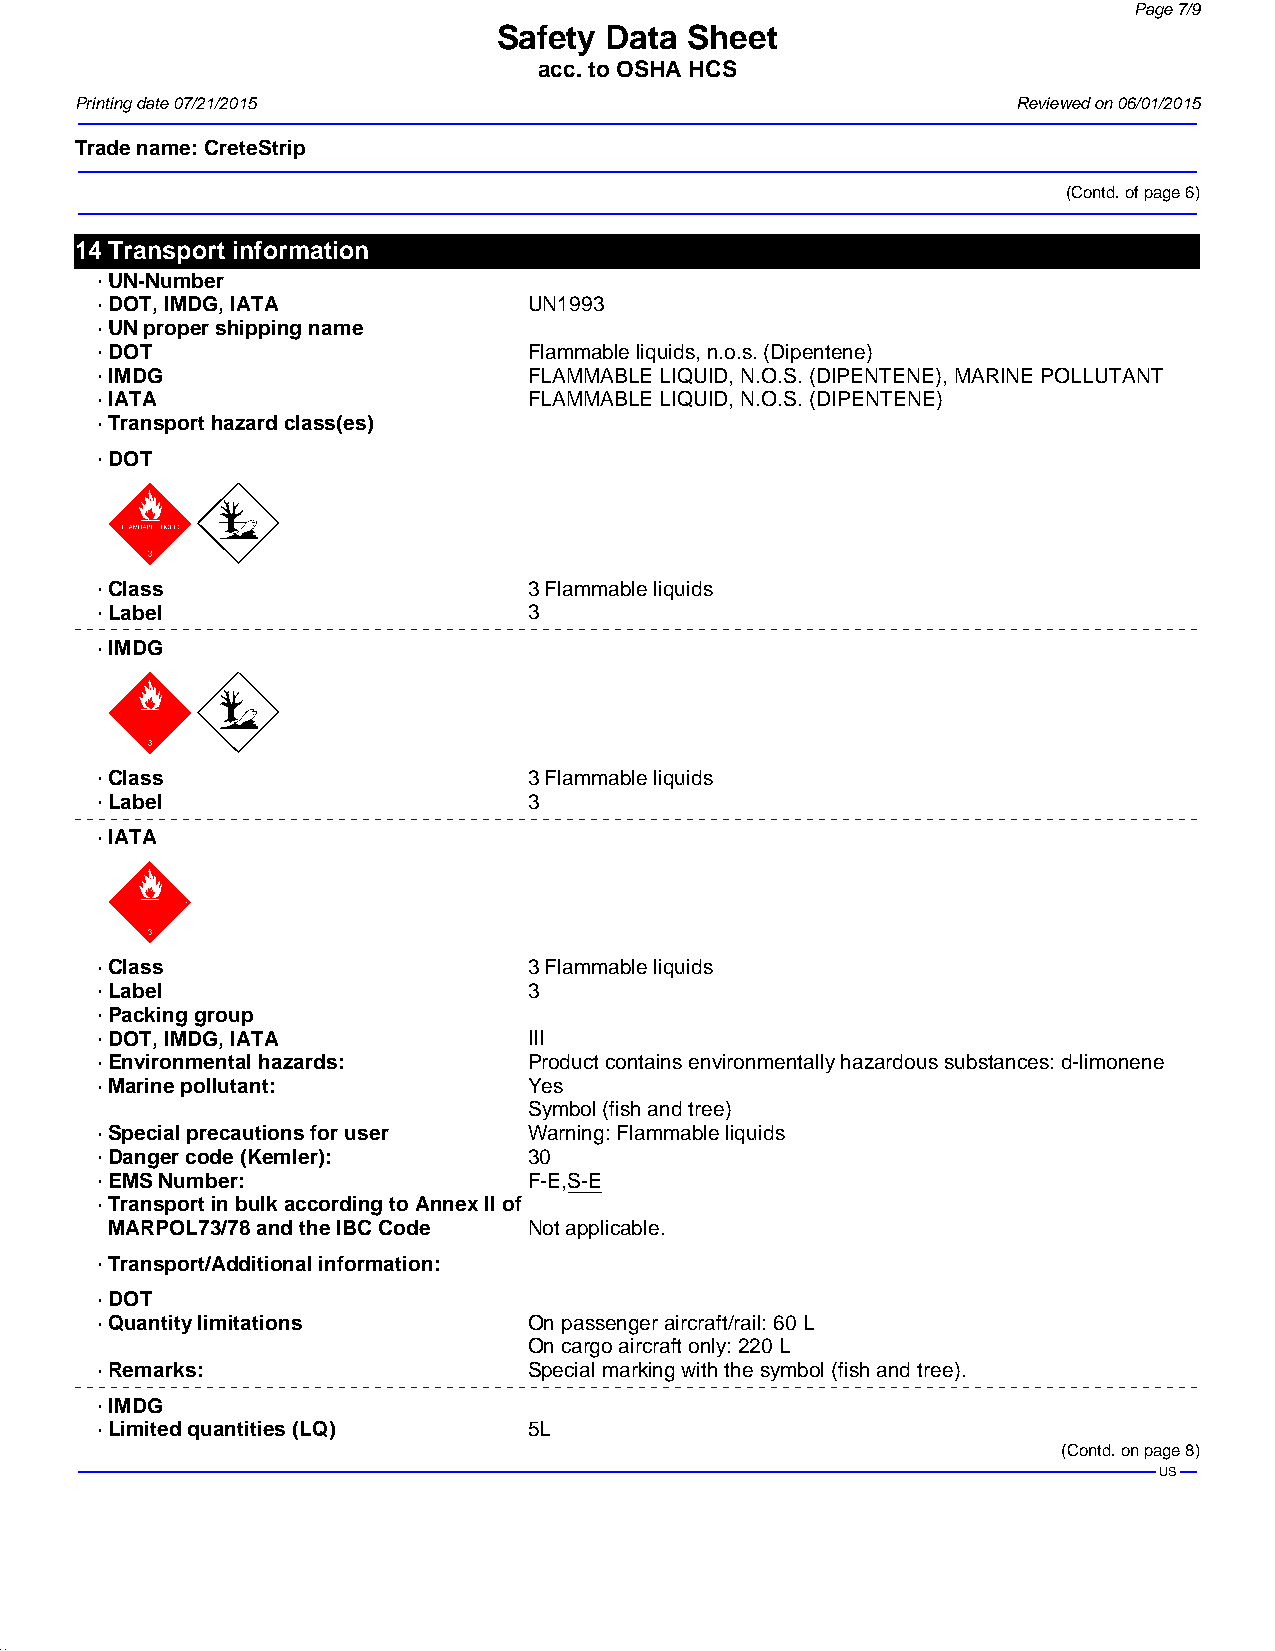
Page 7/9
 Safety Data  Sheet
 acc. to OSHA HCS
 Printing date 07/21/2015                                      Reviewed on 06/01/2015
 Trade name:CreteStrip
 (Contd. of page 6)
 14Transport information
 · UN-Number
 · DOT, IMDG, IATA            UN1993
 · UN proper shipping name
 · DOT                        Flammable liquids, n.o.s. (Dipentene)
 · IMDG                       FLAMMABLE LIQUID, N.O.S. (DIPENTENE), MARINE POLLUTANT
 · IATA                       FLAMMABLE LIQUID, N.O.S. (DIPENTENE)
 · Transport hazard class(es)
 · DOT
 dcxg´d
 · Class                      3 Flammable liquids
 · Label                      3
 · IMDG
 dcgx´d
 · Class                      3 Flammable liquids
 · Label                      3
 · IATA
 dcgx
 · Class                      3 Flammable liquids
 · Label                      3
 · Packing group
 · DOT, IMDG, IATA            III
 · Environmental hazards:     Product contains environmentally hazardous substances: d-limonene
 · Marine pollutant:          Yes
 Symbol (fish and tree)
 · Special precautions for user Warning: Flammable liquids
 · Danger code (Kemler):      30
 · EMS Number:                F-E,S-E
 · Transport in bulk according to Annex II of
 MARPOL73/78 and the IBC Code Not applicable.
 · Transport/Additional information:
 · DOT
 · Quantity limitations       On passenger aircraft/rail: 60 L
 On cargo aircraft only: 220 L
 · Remarks:                   Special marking with the symbol (fish and tree).
 · IMDG
 · Limited quantities (LQ)    5L
 (Contd. on page 8)
 US
 41.1.4